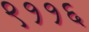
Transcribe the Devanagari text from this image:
९११६